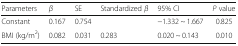
| Parameters | β | SE | Standardized β | 95% CI | P value |
 | --- | --- | --- | --- | --- | --- |
 | Constant | 0.167 | 0.754 |  | −1.332 ~ 1.667 | 0.825 |
 | BMI (kg/m2) | 0.082 | 0.031 | 0.283 | 0.020 ~ 0.143 | 0.010 |